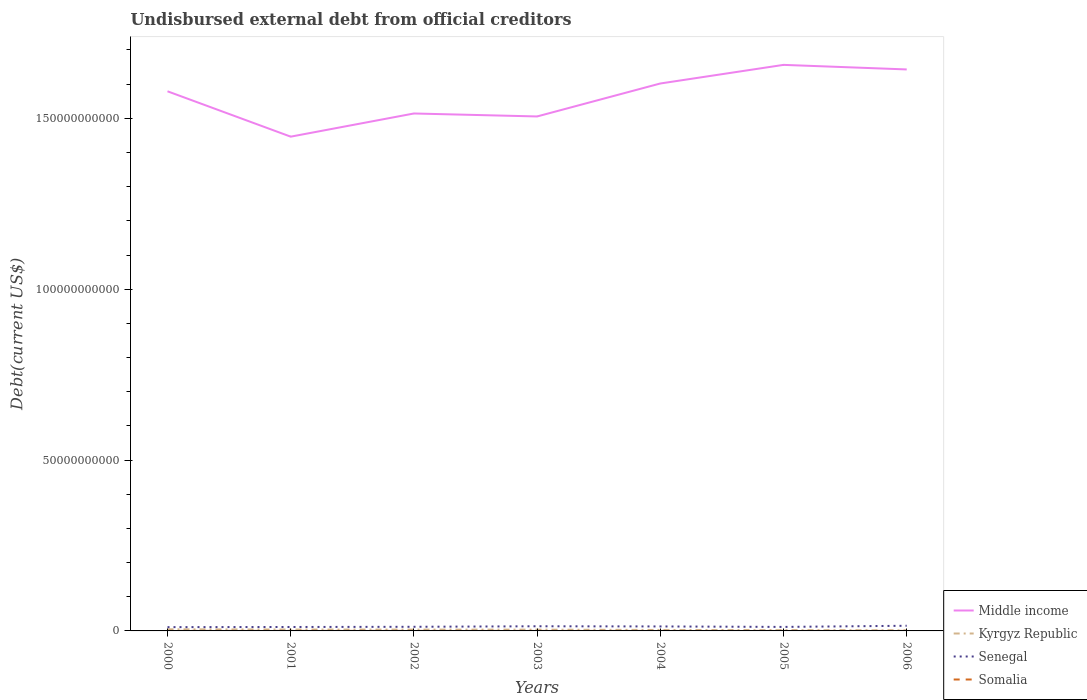
| Years | Middle income | Kyrgyz Republic | Senegal | Somalia |
 | --- | --- | --- | --- | --- |
 | 2000 | 1.58e+11 | 4.7e+08 | 1.11e+09 | 1.23e+07 |
 | 2001 | 1.45e+11 | 4.04e+08 | 1.15e+09 | 1.23e+07 |
 | 2002 | 1.51e+11 | 3.86e+08 | 1.21e+09 | 1.24e+07 |
 | 2003 | 1.51e+11 | 3.73e+08 | 1.36e+09 | 4.52e+06 |
 | 2004 | 1.6e+11 | 2.79e+08 | 1.31e+09 | 4.54e+06 |
 | 2005 | 1.66e+11 | 2.44e+08 | 1.17e+09 | 4.54e+06 |
 | 2006 | 1.64e+11 | 1.8e+08 | 1.51e+09 | 4.6e+06 |